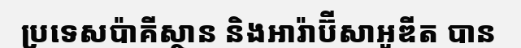
ប្រទេសប៉ាគីស្ថាន និងអារ៉ាប៊ីសាអូឌីត បាន